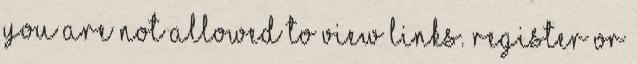
You are not allowed to view links. Register or